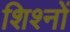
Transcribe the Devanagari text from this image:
शिश्नों